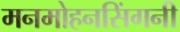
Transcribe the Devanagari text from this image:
मनमोहनसिंगनी